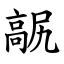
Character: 髛